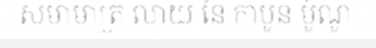
សមាមាត្រ លាយ នៃ កាបូន ម៉ូណូ